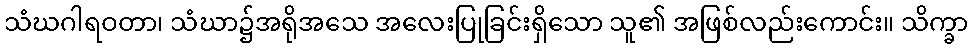
သံဃဂါရဝတာ၊ သံဃာ၌အရိုအသေ အလေးပြုခြင်းရှိသော သူ၏ အဖြစ်လည်းကောင်း။ သိက္ခာ